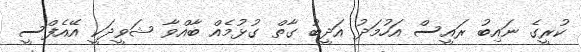
ކުރީގެ ނައިބު ރައީސް އަހުމަދު އަދީބު ގާތް ގުޅުމެއް ބާއްވާ ޝަވީދަކީ އޭއެފްސީ